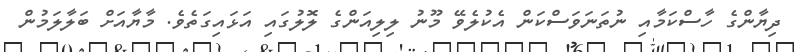
ދިޔާންގެ ހާސްކަމާއި ނުތަނަވަސްކަން އެކުލެވޭ މޫނު ލިލިއަންގެ ލޮލުގައި އަޅައިގަތެވެ. މާޔާއަށް ބަލާލަމުން